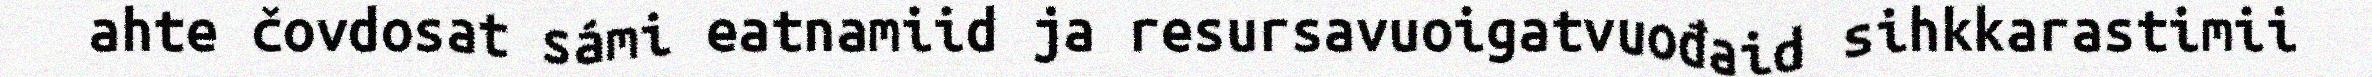
ahte čovdosat sámi eatnamiid ja resursavuoigatvuođaid sihkkarastimii